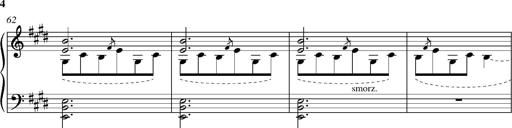
Title: Madrigal
Composer: Lucien Wurmser
Key: A major